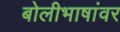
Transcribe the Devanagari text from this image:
बोलीभाषांवर